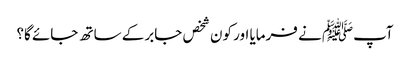
آپﷺ نے فرمایا اور کون شخص جابر کے ساتھ جائے گا؟